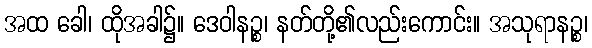
အထ ခေါ၊ ထိုအခါ၌။ ဒေဝါနဉ္စ၊ နတ်တို့၏လည်းကောင်း။ အသုရာနဉ္စ၊